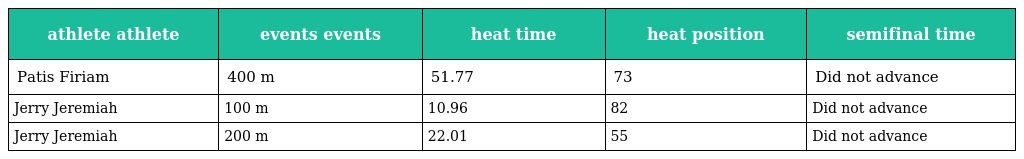
| athlete athlete | events events | heat time | heat position | semifinal time |
 | --- | --- | --- | --- | --- |
 | Patis Firiam | 400 m | 51.77 | 73 | Did not advance |
 | Jerry Jeremiah | 100 m | 10.96 | 82 | Did not advance |
 | Jerry Jeremiah | 200 m | 22.01 | 55 | Did not advance |